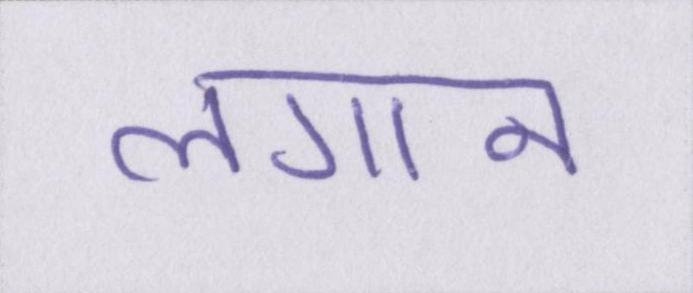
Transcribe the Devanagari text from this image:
लगान